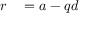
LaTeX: \begin{array} { r l } { r } & { { } = a - q d } \end{array}